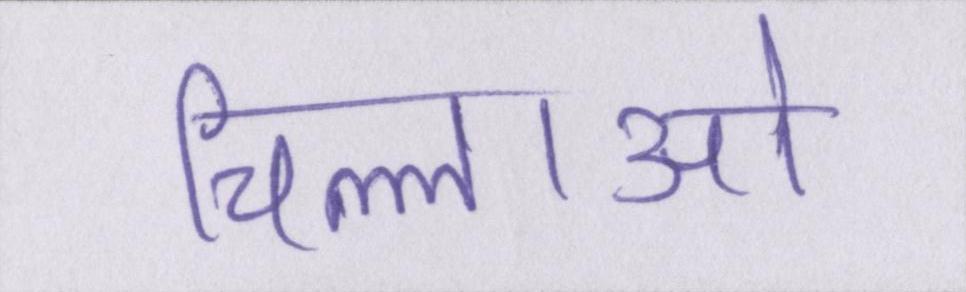
चिल्लाओ